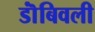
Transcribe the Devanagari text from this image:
डॊंबिवली